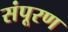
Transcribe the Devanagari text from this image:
संपूरण